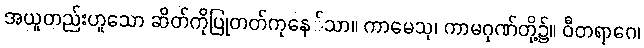
အယူတည်းဟူသော ဆိတ်ကိုပြုတတ်ကုနေ်သာ။ ကာမေသု၊ ကာမဂုဏ်တို့၌။ ဝီတရာဂေ၊